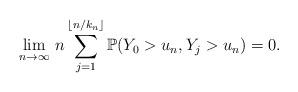
LaTeX: \begin{align*}\lim_{n\rightarrow\infty}\,n\sum_{j=1}^{\lfloor n/k_n \rfloor}\mathbb{P}( Y_0>u_n,Y_j>u_n)=0.\end{align*}